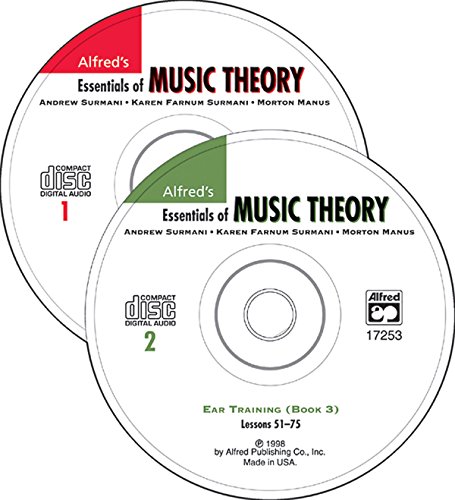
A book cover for Essentials of Music Theory: Ear Training CDs 1 & 2 Combined (for books 1-3); Andrew Surmani; Arts & Photography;